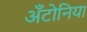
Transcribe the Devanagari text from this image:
अँटोनिया